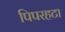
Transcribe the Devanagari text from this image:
पिपरहटा